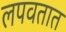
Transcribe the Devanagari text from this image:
लपवतात